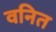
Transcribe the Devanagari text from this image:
वनित